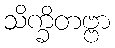
သိက္ခိတဗ္ဗာ